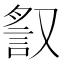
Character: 𧧙